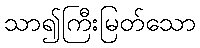
သာ၍ကြီးမြတ်သော